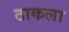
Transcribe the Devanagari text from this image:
ठाकला